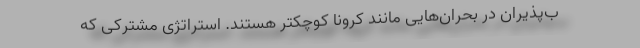
ب‌پذیران در بحران‌هایی مانند کرونا کوچکتر هستند. استراتژی مشترکی که